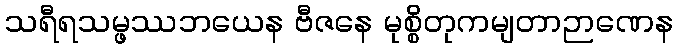
သရီရသမ္ဖဿဘယေန ဗီဇနေ မုစ္စိတုကမျတာဉာဏေန